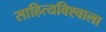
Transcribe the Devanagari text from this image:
साहित्यविश्‍वाला